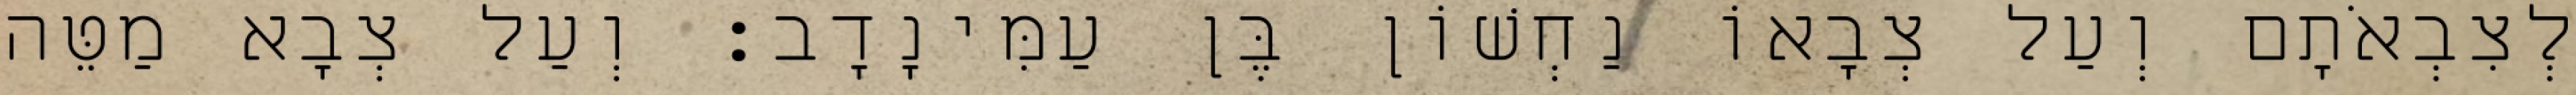
לְצִבְאֹתָם וְעַל צְבָאוֹ נַחְשׁוֹן בֶּן עַמִּינָדָב׃ וְעַל צְבָא מַטֵּה